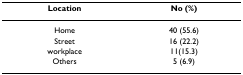
<table><thead><tr><td><b>Location</b></td><td><b>No (%)</b></td></tr></thead><tbody><tr><td>Home</td><td>40 (55.6)</td></tr><tr><td>Street</td><td>16 (22.2)</td></tr><tr><td>workplace</td><td>11(15.3)</td></tr><tr><td>Others</td><td>5 (6.9)</td></tr></tbody></table>